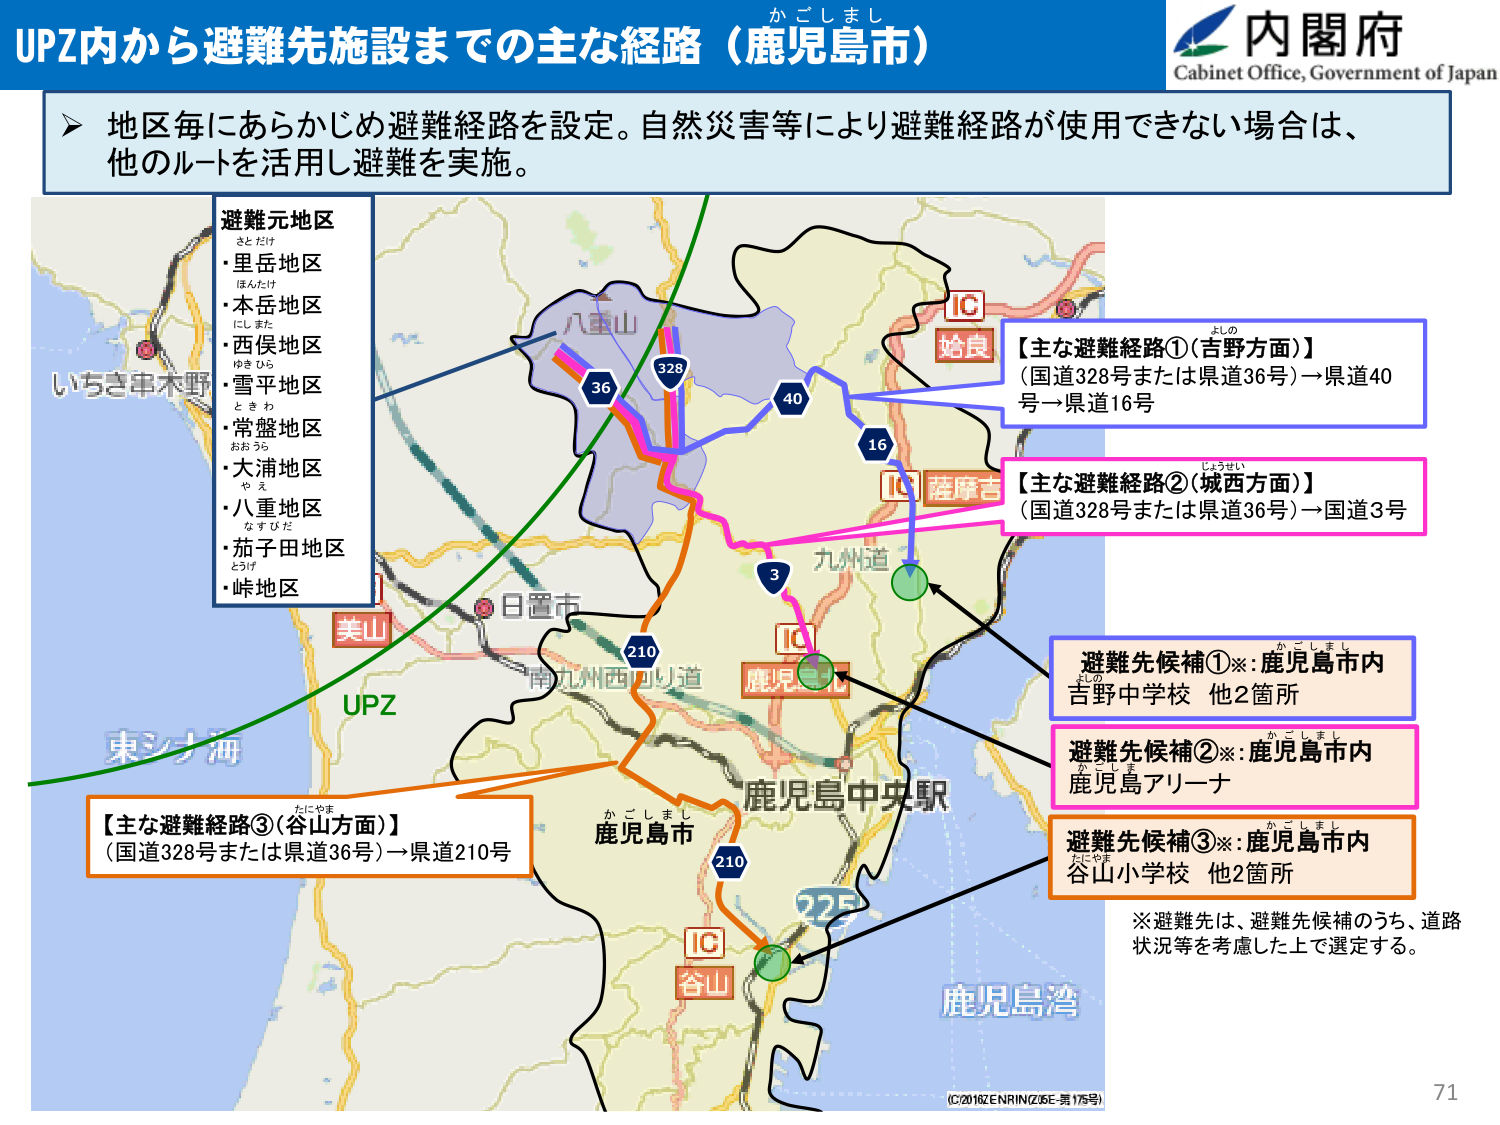
UPZ内から避難先施設までの主な経路（鹿児島市）
かごしまし
内閣府
Cabinet Office, Government of Japan

▶ 地区毎にあらかじめ避難経路を設定。自然災害等により避難経路が使用できない場合は、
他のルートを活用し避難を実施。

避難元地区
さとだけ
・里岳地区
ほんたけ
・本岳地区
にしまた
・西俣地区
ゆきひら
・雪平地区
ときわ
・常盤地区
おおうら
・大浦地区
やえ
・八重地区
なすびだ
・茄子田地区
とうけ
・峠地区

【主な避難経路①（吉野方面）】
（国道328号または県道36号）→県道40号→県道16号

【主な避難経路②（城西方面）】
（国道328号または県道36号）→国道3号

【主な避難経路③（谷山方面）】
（国道328号または県道36号）→県道210号

避難先候補①※：鹿児島市内
吉野中学校 他2箇所

避難先候補②※：鹿児島市内
鹿児島アリーナ

避難先候補③※：鹿児島市内
谷山小学校 他2箇所

※避難先は、避難先候補のうち、道路状況等を考慮した上で選定する。

いちき串木野
美山
UPZ
東シナ海
八重山
36
328
40
16
3
210
日置市
南九州西回り道
鹿児島中央駅
鹿児島市
かごしまし
210
IC
谷山
鹿児島湾
IC
薩摩吉
IC
姶良
九州道
鹿児島
IC

(C)2016ZENRIN(Z65E 第175号)
71